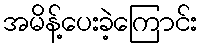
အမိန့်ပေးခဲ့ကြောင်း